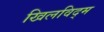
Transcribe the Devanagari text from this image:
खिलविद्म